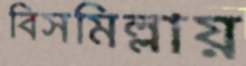
বিসমিল্লায়